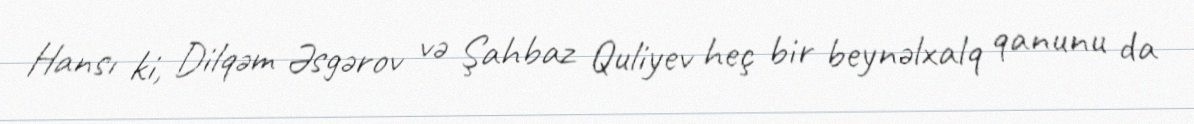
Hansı ki, Dilqəm Əsgərov və Şahbaz Quliyev heç bir beynəlxalq qanunu da